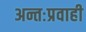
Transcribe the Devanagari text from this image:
अन्तःप्रवाही